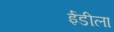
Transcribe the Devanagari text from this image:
ईडीला